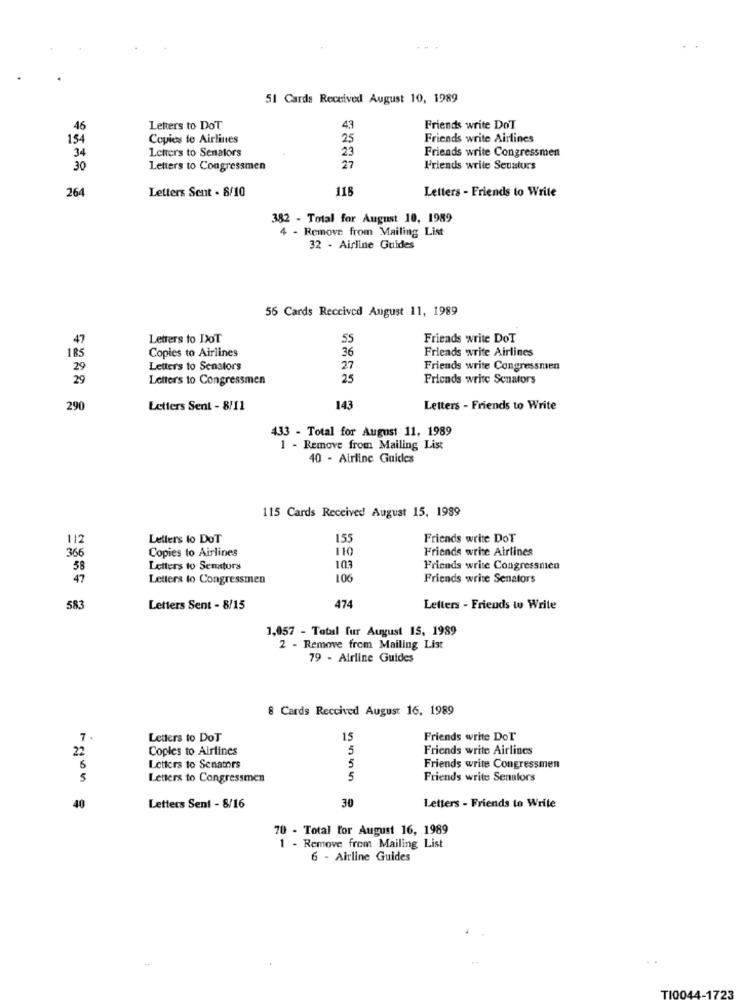
51 Cards Received August 10, 1989
46
Letters to DoT
43
Friends write DoT
154
Copies to Airlines
25
Friends write Airlines
34
Letters to Senators
23
Friends write Congressmen
30
Letters to Congressmen
27
Friends write Senators
Letters Sent - 8/10
118
Letters - Friends to Write
264
382 - Total for August 10, 1989
4 - Remove from Mailing List
32 - Airline Guides
56 Cards Received August 11, 1989
47
Letters to DoT
SS
Friends write DoT
Copies to Airlines
36
Friends write Airlines
185
29
Letters to Senators
27
Friends write Congressmen
29
Letters to Congressmen
25
Friends write Senators
290
Letters Sent - 8/11
143
Letters - Friends to Write
433 - Total for August 11, 1989
1 - Remove from Mailing List
40 - Airline Guides
115 Cards Received August 15, 1989
112
Letters to DoT
155
Friends write DoT
366
Copies to Airlines
110
Friends write Airlines
58
Letters to Senaturs
103
Friends write Congressmen
47
Letters to Congressmen
106
Friends write Senators
583
Letters Sent - 8/15
474
Letters - Friends to Write
1,057 - Total fur August 15, 1989
2 - Remove from Mailing List
79 - Airline Guides
8 Cards Reccived August 16, 1989
7.
Letters to DoT
15
Friends write Dor
22
Copies to Airlines
5
Friends write Airlines
5
Letters to Senators
Friends write Congressmen
5
Letters to Congressmen
5
Friends write Senalors
30
40
Letters Sent - 8/16
Letters - Friends to Write
70 - Total for August 16, 1989
1 - Remove from Mailing List
6 - Airline Guides
TI